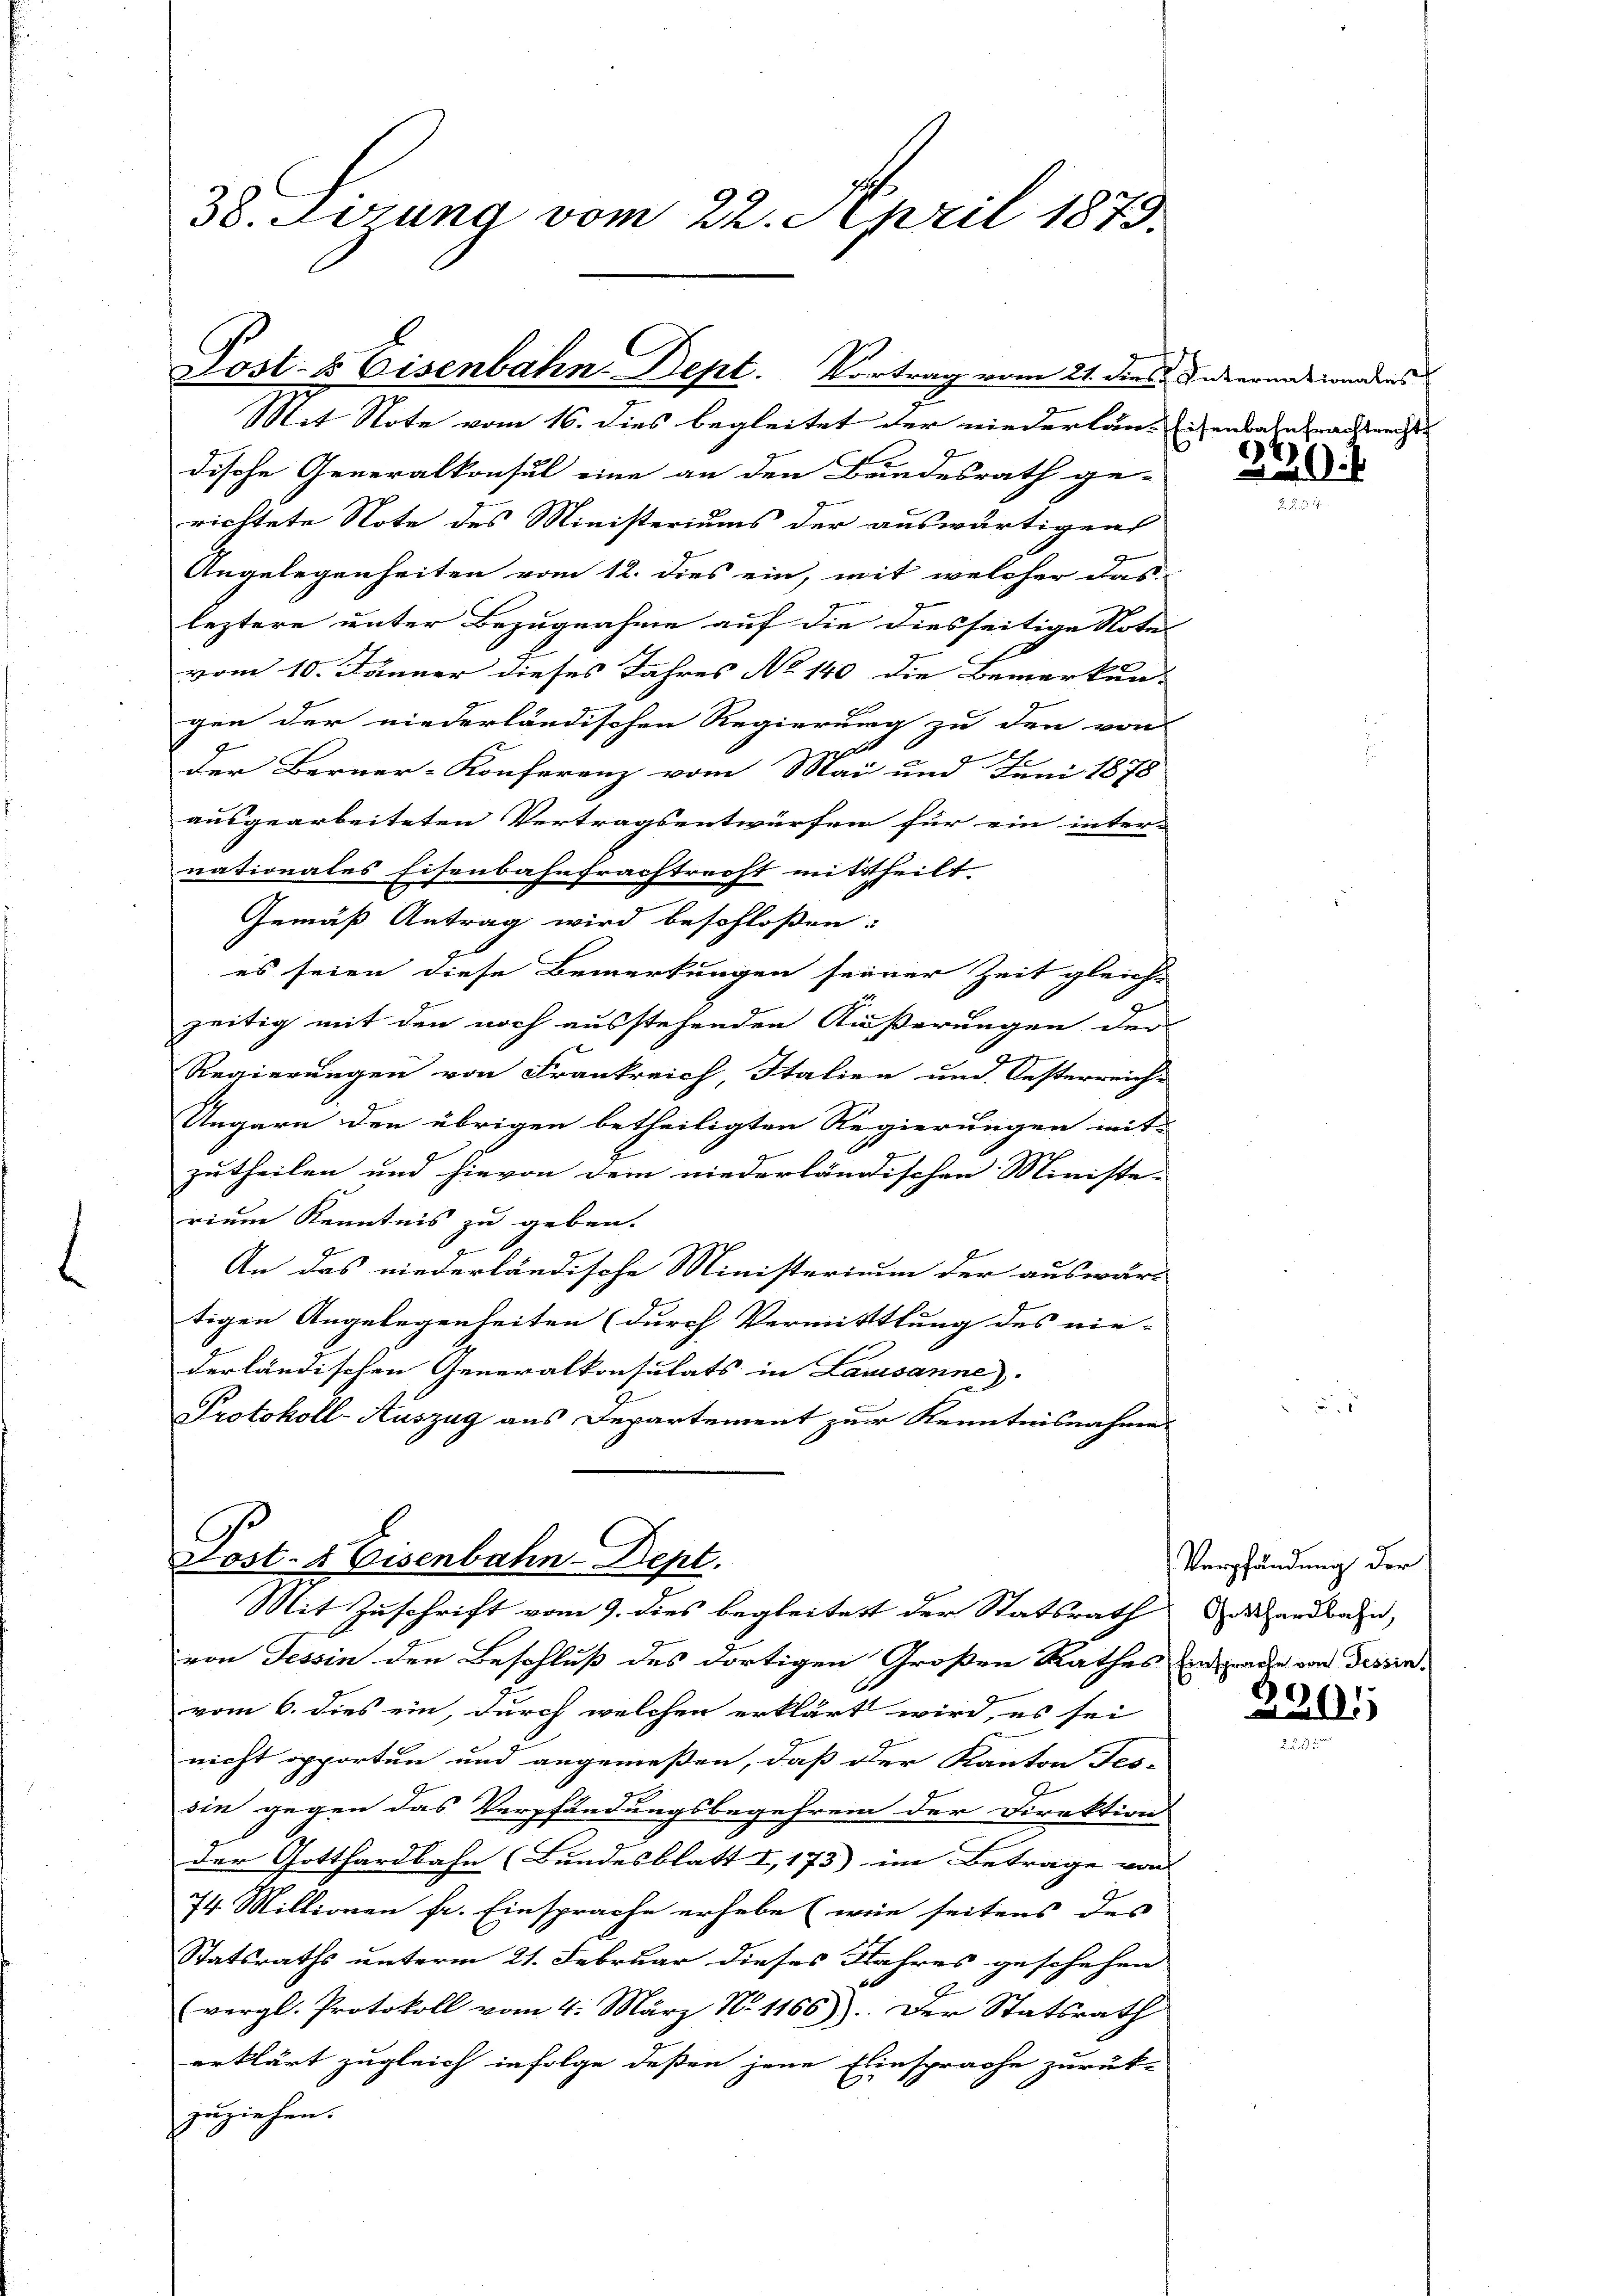
38. Sizung vom 22. April 1879.

Post- & Eisenbahn-Dept. Vortrag vom 21. dies Tavernatiendens

Mit Note vom 16. dies begleitet der niederlaut Eichenbahnprachtmeist
dische Generalkonsul eine an den Bundesrath ge-
richtete Note des Ministeriums der auswärtigens
Angelegenheiten vom 12. dies ein, mit welcher das
leztere unter Bezugnahme auf die diesseitige Notel
vom 10. Jänner dieses Jahres No 140 die Bemerkun-
gen der niederländischen Regierung zu den von
t
Der Berner-Konferenz vom Mai und Juni 1878
ausgearbeiteten Vertragsentwürfen für ein inter-
nationales Eisenbahnfrachtrecht mittheilt
Gemäß Antrag wird beschloßen:
E
es seien diese Bemerkungen seiner Zeit gleiche
zeitig mit den noch ausstehenden Äußerungen der
Regierungen von Frankreich, Italien und Oesterreich-
Ungarn den übrigen betheiligten Regierungen mit-
F
zutheilen und hievon dem niederländischen Ministe |
rium Kenntnis zu geben.
An das niederländische Ministerium der auswärt
tigen Angelegenheiten (durch Vermittlung des nie- |
derländischen Generalkonsulats in Lausanne)
Protokoll-Auszug aus Departement zur Kenntnisnahmen.

Post- & Eisenbahn-Dept.
Mit Zuschrift vom 9. dies begleitert der Statsrath hardbahn,

von Tessin den Beschluß des dortigen Großen Rathes Ein rauhe von dessen-
vom 6. dies ein, durch welchen erklärt wird, es sei
nicht opporten und angemeßen, daß der Kanton Tes-
.
sin gegen das Verpfändungsbegehren der Direktion
der Gotthardbahn (Bundesblatt I,173) im Betrage von
74 Millionen fr. Einsprache erhebe (wie seitens des
Statsraths unterm 21. Februar dieses Jahres geschehen
(vergl. Protokoll vom 4. März No. 1166). Der Statsrath
erklärt zugleich infolge deßen jene Einsprache zurück-
zuziehen.

20.

Verpfändung der

2201